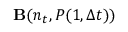
{ \bf B } ( n _ { t } , P ( 1 , \Delta t ) )